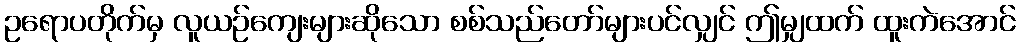
ဥရောပတိုက်မှ လူယဉ်ကျေးများဆိုသော စစ်သည်တော်များပင်လျှင် ဤမျှထက် ထူးကဲအောင်